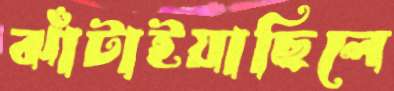
ঝাঁটাইয়াছিলে